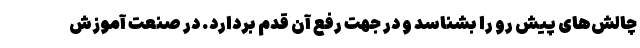
چالش‌های پیش رو را بشناسد و در جهت رفع آن قدم بردارد. در صنعت آموزش